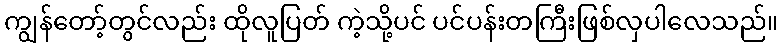
ကျွန်တော့်တွင်လည်း ထိုလူပြတ် ကဲ့သို့ပင် ပင်ပန်းတကြီးဖြစ်လှပါလေသည်။